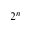
2 ^ { n }